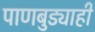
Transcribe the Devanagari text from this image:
पाणबुड्याही